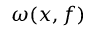
\omega ( x , f )